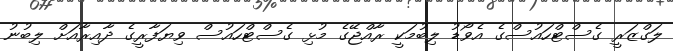
ލަގްޒަރީ ގެސްޓްހައުސްގެ އެވޯޑު ލިބުމަކީ ރާއްޖޭގެ މުޅި ގެސްޓްހައުސް ވިޔަފާރީގެ ދާއިރާއަށް ލިބުނު